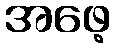
အဖေ့